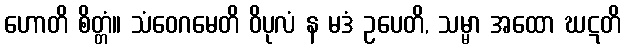
ဟောတိ စိတ္တံ။ သံဝေဂမေတိ ဝိပုလံ န မဒံ ဥပေတိ, သမ္မာ အထော ဃဋတိ